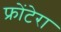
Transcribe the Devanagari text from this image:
फ्रोंटेरा